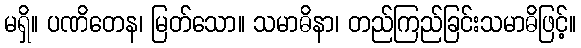
မရှိ။ ပဏိတေန၊ မြတ်သော။ သမာဓိနာ၊ တည်ကြည်ခြင်းသမာဓိဖြင့်။